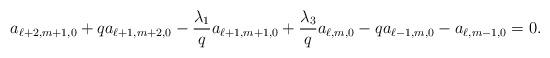
LaTeX: \begin{align*} a_{\ell+2,m+1,0}+qa_{\ell+1,m+2,0}-\frac{\lambda_1}{q}a_{\ell+1,m+1,0}+\frac{\lambda_3}{q}a_{\ell,m,0}-qa_{\ell-1,m,0}-a_{\ell,m-1,0}=0. \end{align*}